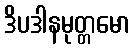
ဒိပဒါနမုတ္တမော